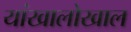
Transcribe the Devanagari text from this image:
यांखालोखाल